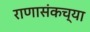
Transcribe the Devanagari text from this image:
राणासंकच्या